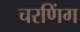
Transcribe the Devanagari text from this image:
चरणिंग